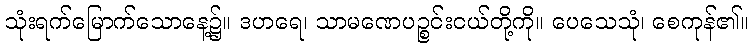
သုံးရက်မြောက်သောနေ့၌။ ဒဟရေ၊ သာမဏေပဉ္စင်းငယ်တို့ကို။ ပေသေသုံ၊ စေကုန်၏။